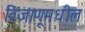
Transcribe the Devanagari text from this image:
विजाणूमधील